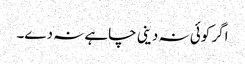
اگر کوئی نہ دینی چاہے نہ دے۔